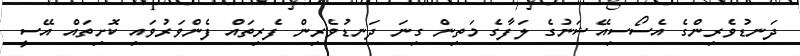
ދަނޑުވެރިންގެ އެސޯސިއޭޝަނުގެ ލަފާގެ މަތިން ގިނަ ދަނޑުވެރިން ފެރިތައް ފެންވަރުވައި ކޮށިތައް އޭސީ